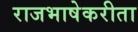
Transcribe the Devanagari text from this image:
राजभाषेकरीता